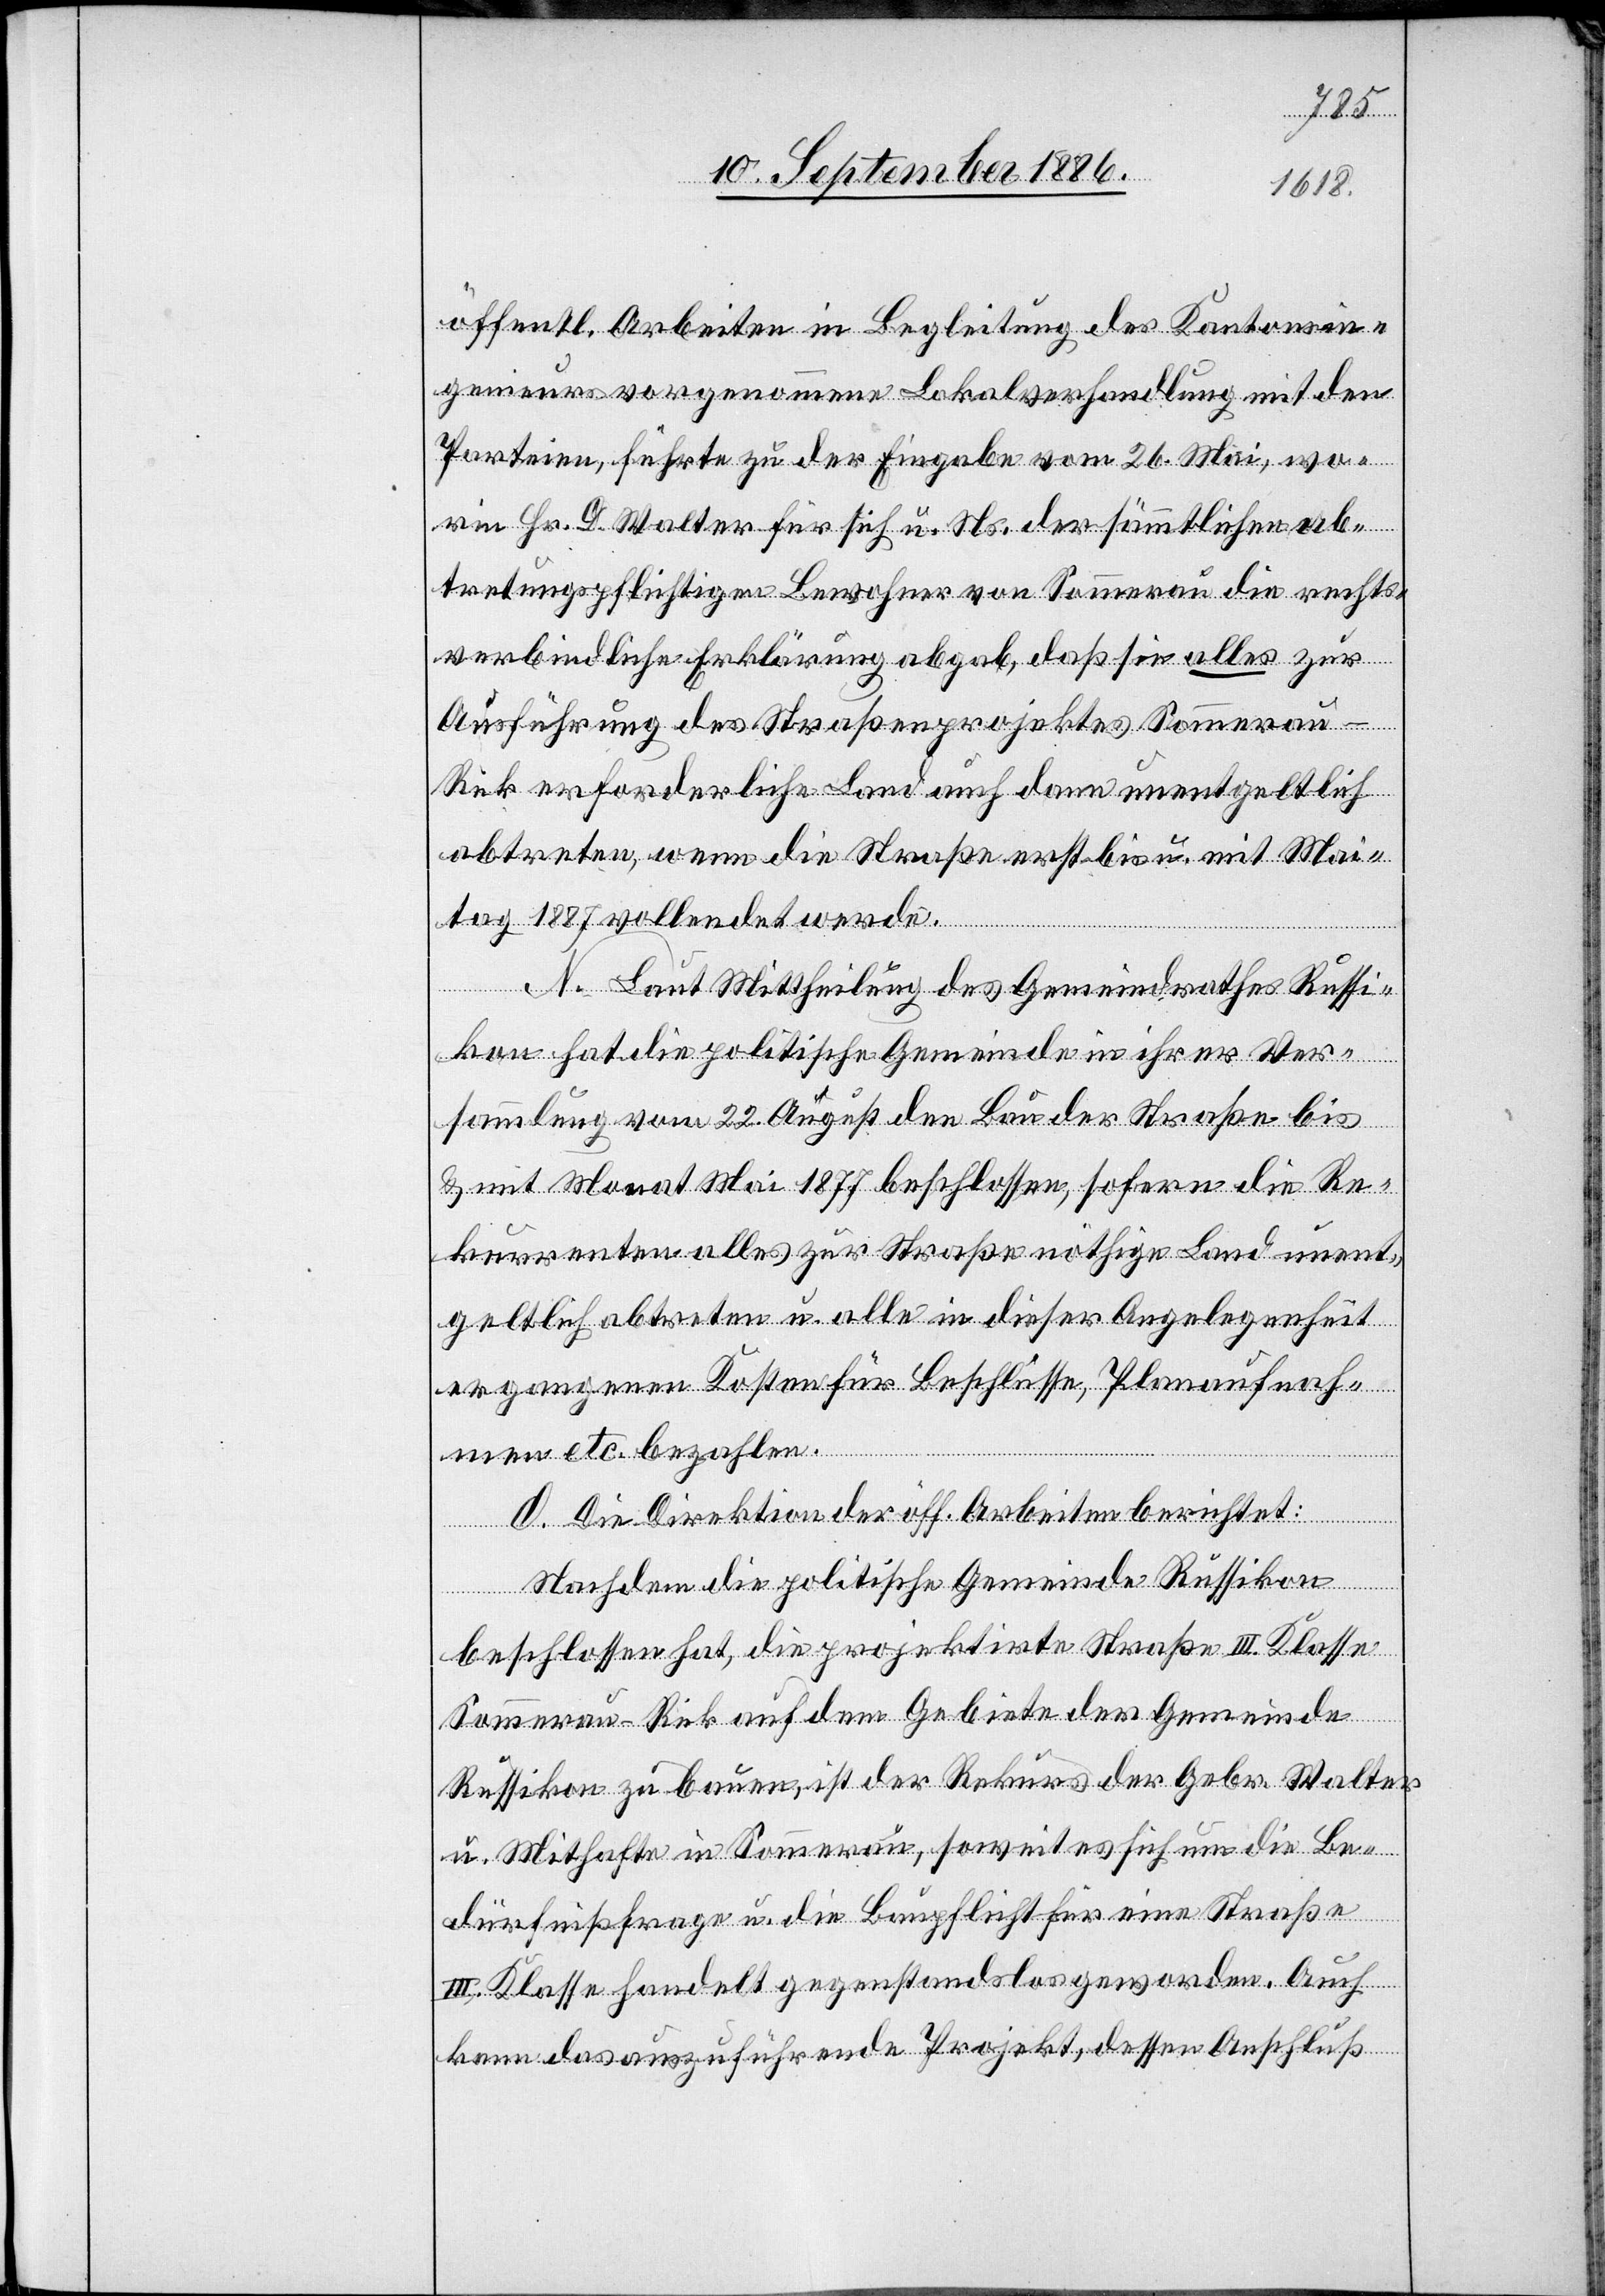
mit Mai
1887]
öffentl. Arbeiten in Begleitung des Kantonsin¬
genieurs vorgenommene Lokalverhandlung mit den
Parteien, führte zu der Eingabe vom 26. Mai, wo¬
rin Hr. D. Walter für sich u. Ns. der sämmtlichen ab¬
tretungspflichtigen Bewohner von Sommerau die rechts¬
verbindliche Erklärung abgab, daß sie alles zur
Ausführung des Straßenprojektes Sommerau–R¬
ick erforderliche Land auch dann unentgeltlich
abtreten, wenn die Straße erst bis u. mit Mai¬
tag 1887 vollendet werde.
N. Laut Mittheilung des Gemeindrathes Russi¬
kon hat die politische Gemeinde in ihrer Ver¬
Re¬
sammlung vom 22. August den Bau der Straße bis
kurrenten alles zur Straße nöthige Land unent¬
geltlich abtreten u. alle in dieser Angelegenheit
ergangenen Kosten für Beschlüsse, Planaufnah¬
men etc. bezahlen.
O. Die Direktion der öff. Arbeiten berichtet:
Nachdem die politische Gemeinde Russikon
beschlossen hat, die projektirte Straße III. Klasse
die
Sommerau–Rick auf dem Gebiete der Gemeinde
Russikon zu bauen, ist der Rekurs der Gebr. Walter
u. Mithafte in Sommerau, soweit es sich um die Be¬
dürfnißfrage u. die Baupflicht für eine Straße
III. Klasse handelt gegenstandslos geworden. Auch
kann das auszuführende Projekt, dessen Anschluß